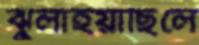
ঝুলাইয়াছিলে